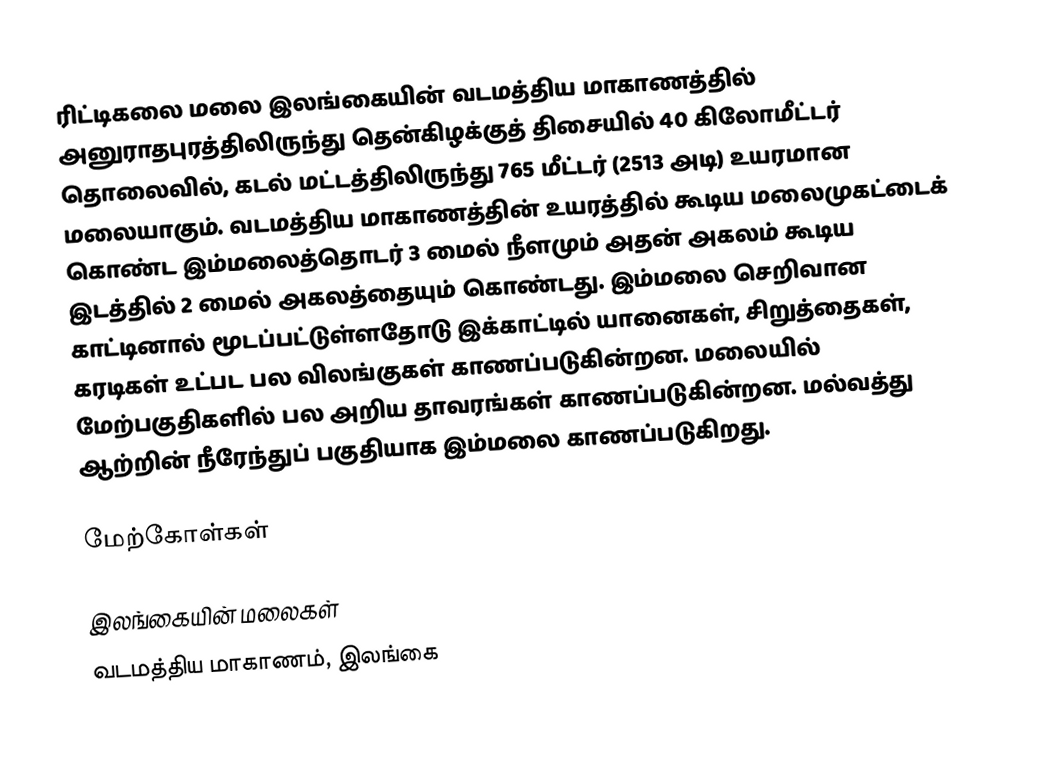
ரிட்டிகலை மலை  இலங்கையின் வடமத்திய மாகாணத்தில்  அனுராதபுரத்திலிருந்து தென்கிழக்குத் திசையில் 40 கிலோமீட்டர் தொலைவில், கடல் மட்டத்திலிருந்து 765 மீட்டர் (2513 அடி) உயரமான மலையாகும். வடமத்திய மாகாணத்தின் உயரத்தில் கூடிய மலைமுகட்டைக் கொண்ட இம்மலைத்தொடர் 3 மைல் நீளமும் அதன் அகலம் கூடிய இடத்தில் 2 மைல் அகலத்தையும் கொண்டது. இம்மலை செறிவான காட்டினால் மூடப்பட்டுள்ளதோடு இக்காட்டில் யானைகள், சிறுத்தைகள், கரடிகள் உட்பட பல விலங்குகள் காணப்படுகின்றன. மலையில் மேற்பகுதிகளில் பல அறிய தாவரங்கள் காணப்படுகின்றன. மல்வத்து ஆற்றின்  நீரேந்துப் பகுதியாக இம்மலை காணப்படுகிறது.

மேற்கோள்கள்

இலங்கையின் மலைகள்
வடமத்திய மாகாணம், இலங்கை